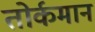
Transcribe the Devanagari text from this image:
तोर्कमान